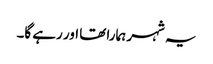
یہ شہر ہمارا تھا اور رہے گا۔